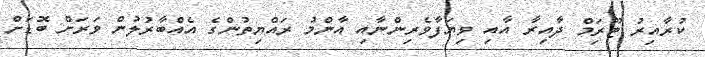
ކުރާއިރު ޓޫރިަމް ދާއިރާ އާއި ވިޔަފާވެރިންނާއި އާންމު ރައްޔިތުންގެ އެއްބާރުލުން ވަރަށް ބޮޑަށް